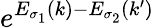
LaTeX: e^{E_{\sigma_{1}}(k)-E_{\sigma_{2}}(k^{\prime})}